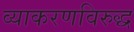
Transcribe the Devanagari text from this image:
व्याकरणविरुद्ध